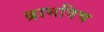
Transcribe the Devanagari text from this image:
ब्रामविच